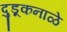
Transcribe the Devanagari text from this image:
दुडूकनाळे